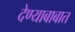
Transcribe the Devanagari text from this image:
देण्याबाबात